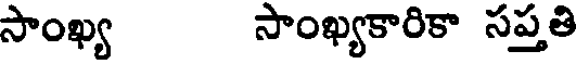
సాంఖ్య సాంఖ్యకారికా సప్తతి